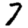
Digit: 7